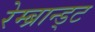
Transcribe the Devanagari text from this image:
रेम्ब्रान्ड्ट